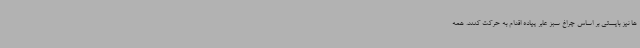
ها نیز بایستی بر اساس چراغ سبز عابر پیاده اقدام به حرکت کنند. همه